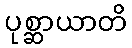
ပုစ္ဆာယာတိ